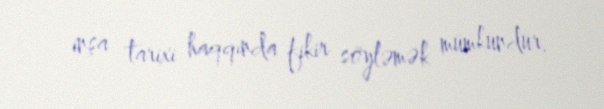
inşa tarixi haqqında fikir söyləmək mümkündür.